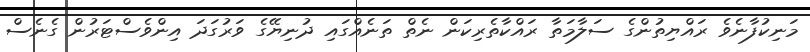
މަނިކުފާނެވެ ރައްޔިތުންގެ ސަލާމަތާ ރައްކާތެރިކަން ނެތް ތަނެއްގައި ދުނިޔޭގެ ވަރުގަދަ އިންވެސްޓަރުން ގެނެސް